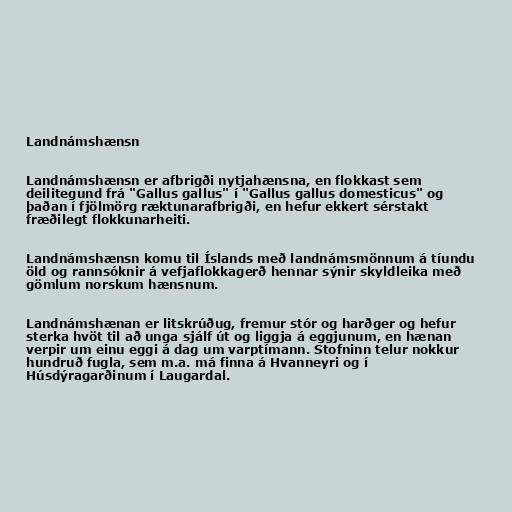
Landnámshænsn

Landnámshænsn er afbrigði nytjahænsna, en flokkast sem
deilitegund frá "Gallus gallus" í "Gallus gallus domesticus" og
þaðan í fjölmörg ræktunarafbrigði, en hefur ekkert sérstakt
fræðilegt flokkunarheiti.

Landnámshænsn komu til Íslands með landnámsmönnum á tíundu
öld og rannsóknir á vefjaflokkagerð hennar sýnir skyldleika með
gömlum norskum hænsnum.

Landnámshænan er litskrúðug, fremur stór og harðger og hefur
sterka hvöt til að unga sjálf út og liggja á eggjunum, en hænan
verpir um einu eggi á dag um varptímann. Stofninn telur nokkur
hundruð fugla, sem m.a. má finna á Hvanneyri og í
Húsdýragarðinum í Laugardal.